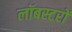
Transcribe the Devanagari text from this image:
लॉबस्टरों